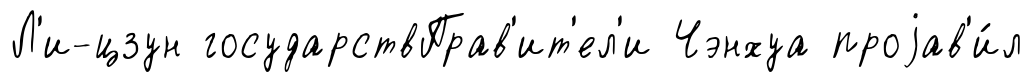
Л'и-цзун государствПрав'ит'ел'и Чэнхуа проjав'и́л